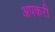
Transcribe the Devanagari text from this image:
अपकरी